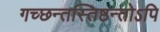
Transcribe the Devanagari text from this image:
गच्छन्तस्तिष्ठन्तोऽपि